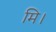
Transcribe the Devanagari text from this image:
मि।